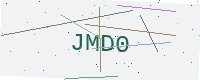
Text: JMD0